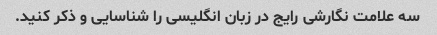
سه علامت نگارشی رایج در زبان انگلیسی را شناسایی و ذکر کنید.